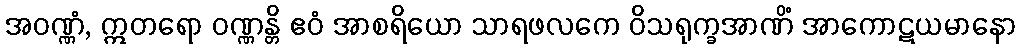
အဝဏ္ဏံ, ဣတရော ဝဏ္ဏန္တိ ဧဝံ အာစရိယော သာရဖလကေ ဝိသရုက္ခအာဏိံ အာကောဋယမာနော